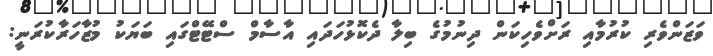
ވަޒަންވެރި ކުރުމާއި ރަށްވެހިކަން ދިނުމުގެ ބިލާ ދެކޮޅުހަދައި އާސާމް ސްޓޭޓްގައި ބަޔަކު މުޒާހަރާކުރަނީ: